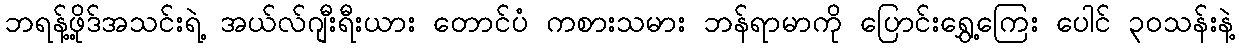
ဘရန့်ဖို့ဒ်အသင်းရဲ့ အယ်လ်ဂျီးရီးယား တောင်ပံ ကစားသမား ဘန်ရာမာကို ပြောင်းရွှေ့ကြေး ပေါင် ၃၀သန်းနဲ့